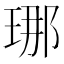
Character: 𤥶